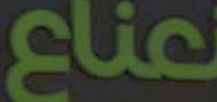
clic